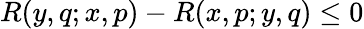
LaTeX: R(y,q;x,p)-R(x,p;y,q)\leq 0